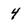
Character: 4